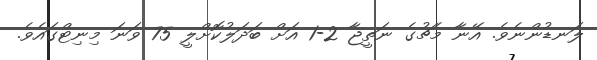
ލަނޑުންނެވެ. އޭނާ މެޗުގެ ނަތީޖާ 2-1 އަށް ބަދަލުކޮށްލީ 75 ވަނަ މިނިޓްގައެވެ.